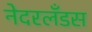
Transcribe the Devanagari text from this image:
नेदरलँडस